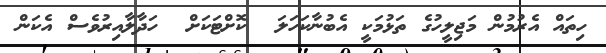
ހިތައް އެރުމުން މަޖިލީހުގެ ތަޅުމަކީ އެބުނާކަހަލަ  ކޮށްޓަކަށް  ހަދާލާއިރުވެސް އެކަން